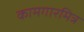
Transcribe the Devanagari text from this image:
कामगारमित्र